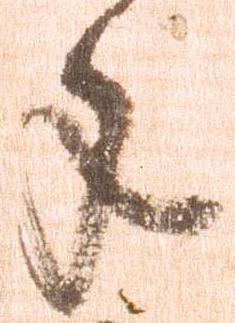
手